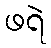
ဖရဲ